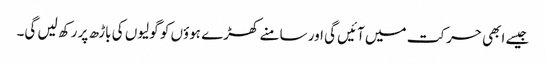
جیسے ابھی حرکت میں آئیں گی اور سامنے کھڑے ہوؤں کو گولیوں کی باڑھ پر رکھ لیں گی۔